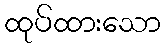
ထုပ်ထားသော